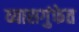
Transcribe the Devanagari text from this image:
व्यासगुंफेत